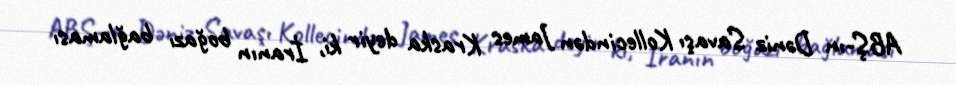
ABŞ-ın Dəniz Savaşı Kollecindən James Kraska deyir ki, İranın boğazı bağlaması